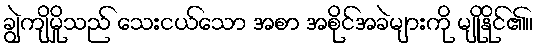
ချွဲကျိမှိုသည် သေးငယ်သော အစာ အစိုင်အခဲများကို မျိုနိုင်၏။